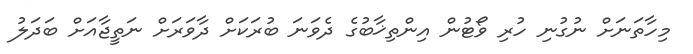
މިހާތަނަށް ނުގުނި ހުރި ވޯޓުން އިިންތިޚާބުގެ ދެވަނަ ބުރަކަށް ދާވަރަށް ނަތީޖާއަށް ބަދަލު